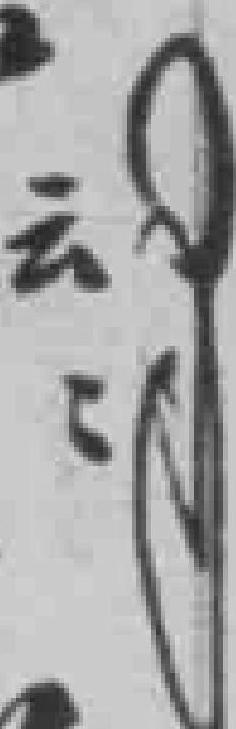
云*